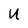
Character: U